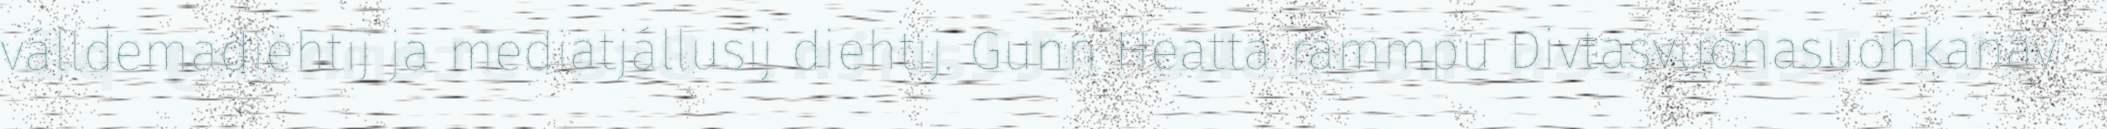
válldemadiehtij ja mediatjállusij diehtij. Gunn Heatta rámmpu Divtasvuonasuohkanav